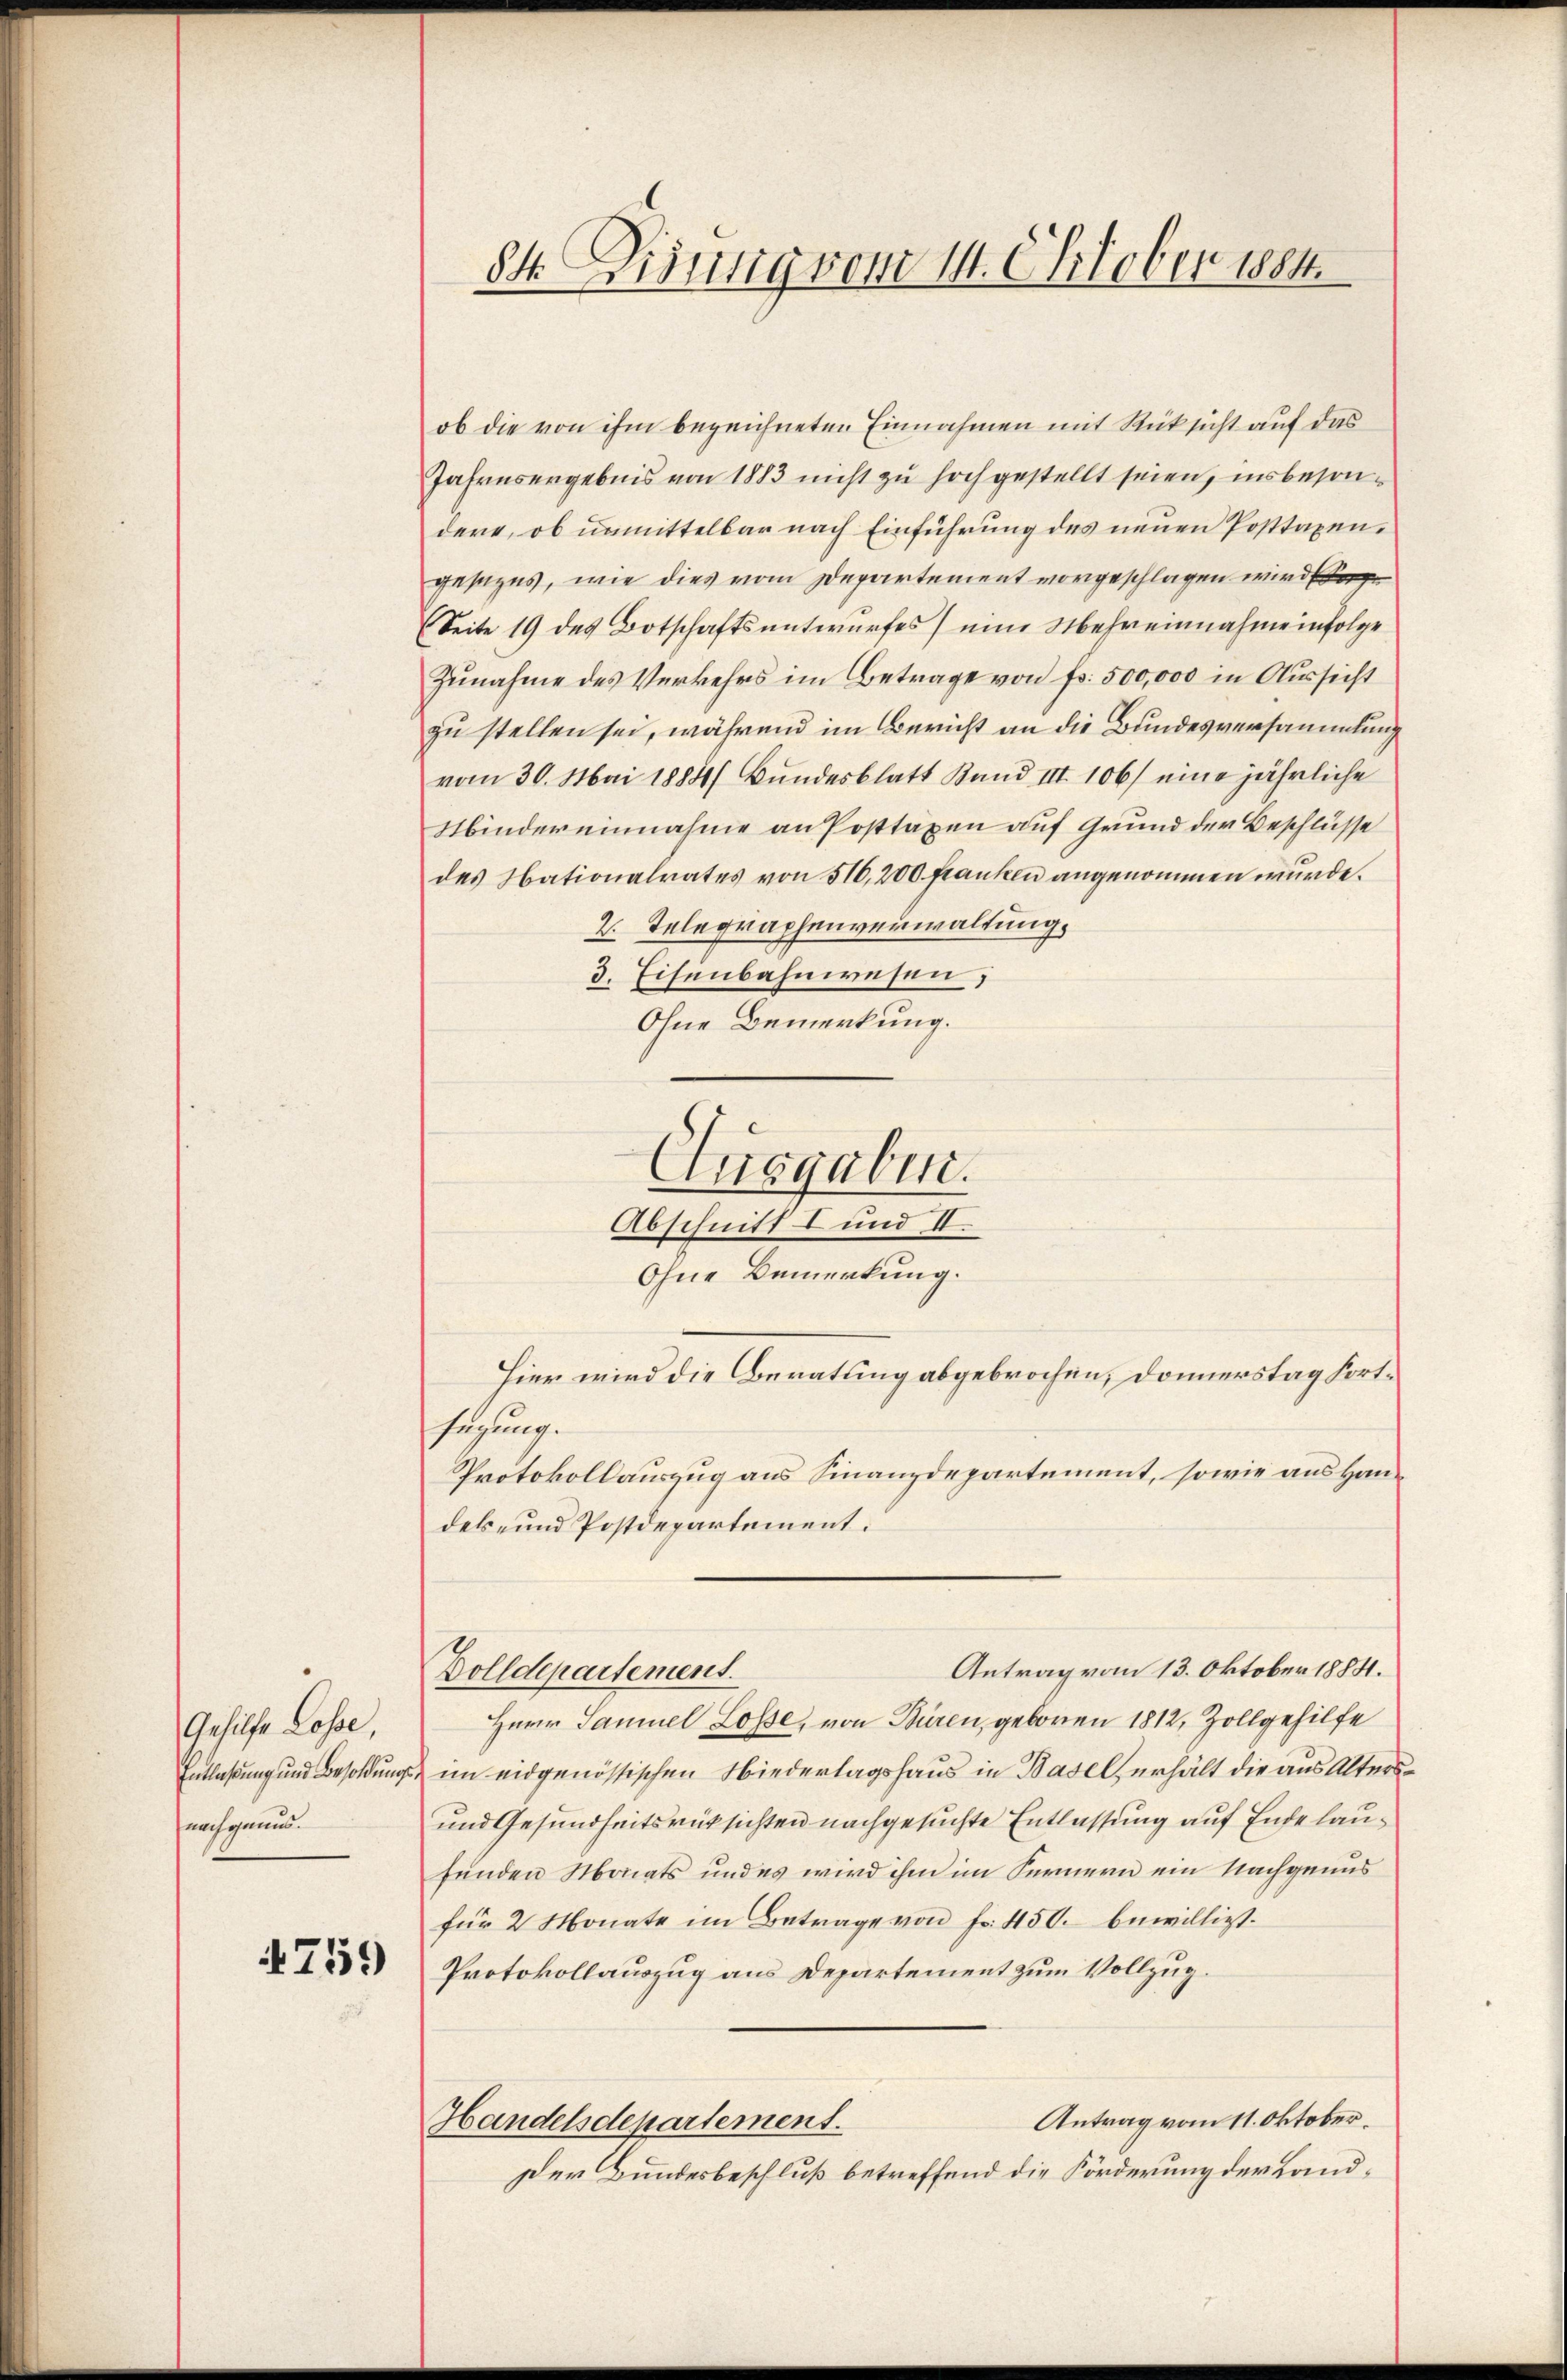
Gehilfe Lose,
Entlaßung und Besoldung
nachgenund.

4759

84. Disung vom 14. Oktober 1884.

ob die von ihm bezeichneten Einnahmen mit Rücksicht auf das
Jahresergebnis von 1883 nicht zu hochgestellt seien, insbesondere, ob unmittelbar nach Einführung des neuen Posttaxengesezes, wie dies vom Departement vorgeschlagen wird e
Seite 19 des Botschaftsentwurfes eine Mehreinnahme infolge
Zunahme des Verkehrs im Betrage von fr. 500,000 in Aussicht
zu stellen sei, während im Bericht an die Bundesversammlung
vom 30. Mai 1884/ Bundesblatt Band III 106) eine jährliche
Mindereinnahme an Posttaxen auf Grund der Beschlüsse
des Nationalrates von 510,200. Franken angenommen wurde.
2. Telegraphenverwaltung.
3. Eisenbahnwesen;
Ohne Bemerkung.
Ausgaben.
Abschnitt I und II.
Ohne Bemerkung.
Hier wird die Beratung abgebrochen, donnerstag fortsetzung.
Protokollauszug aus Finanzdepartement, sowie aus Handes- und Postdepartement.
Antrag vom 13. Oktober 1884.
Dolldepartement.
Herr Samuel Losse, von Büren, geboren 1812, Zollgehilfe
& im eidgenössischen Niederlagshaus in Basel, erhält die aus Alters¬
und Gesundheitsrücksichten nachgesuchte Entlassung auf Ende laufunden Monats und es wird ihm im Fernern ein Nachgenus
für 2 Monate im Betrage von Fr. 450. bewilligt.
Protokollauszug aus Departement zum Vollzug.
Antrag vom 11. Oktober.
Handelsdepartement.
Der Bundesbeschluß betreffend die Förderung der Land¬